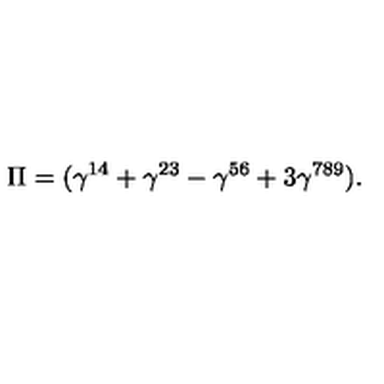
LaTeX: \Pi = ( \gamma ^ { 1 4 } + \gamma ^ { 2 3 } - \gamma ^ { 5 6 } + 3 \gamma ^ { 7 8 9 } ) .